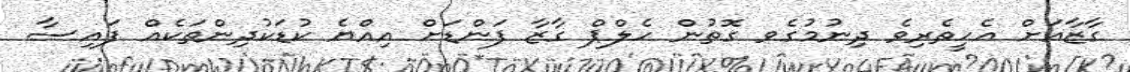
ގާޒާއަށް އެހީތެރިވެ ދިނުމުގެވ ގޮތުން ހެލްޕް ގާޒާ ފަންޑަށް އިއްޔެ ކުޑަކުދިންތަކެއް ފައިސާ